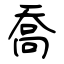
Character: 喬